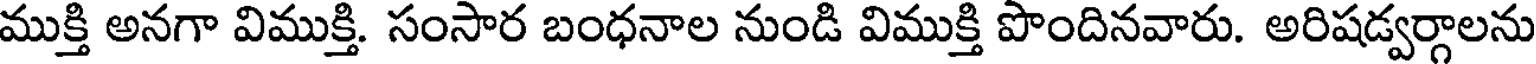
ముక్తి అనగా విముక్తి. సంసార బంధనాల నుండి విముక్తి పొందినవారు. అరిషడ్వర్గాలను